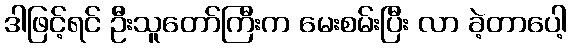
ဒါဖြင့်ရင် ဦးသူတော်ကြီးက မေးစမ်းပြီး လာ ခဲ့တာပေါ့